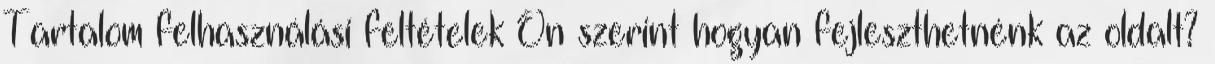
Tartalom felhasználási feltételek Ön szerint hogyan fejleszthetnénk az oldalt?